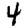
Digit: 4